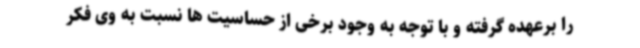
را برعهده گرفته و با توجه به وجود برخی از حساسیت ها نسبت به وی فکر